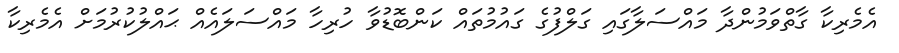
އެމެރިކާ ގާތްވަމުންދާ މައްސަލާގައި ގަލްފުގެ ގައުމުތައް ކަންބޮޑުވާ ހުރިހާ މައްސަލައެއް ޙައްލުކުރުމަށް އެމެރިކާ